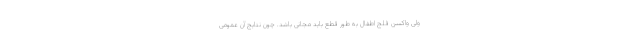
ولی واکسن فلج اطفال به طور قطع باید مجانی باشد. چون نتایج آن عمومی